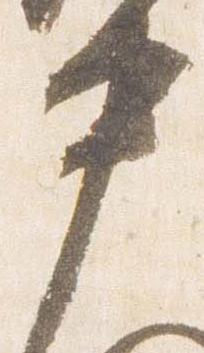
中